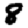
Digit: 8